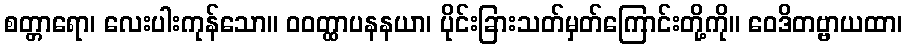
စတ္တာရော၊ လေးပါးကုန်သော။ ဝဝတ္ထာပနနယာ၊ ပိုင်းခြားသတ်မှတ်ကြောင်းတို့ကို။ ဝေဒိတဗ္ဗာယထာ၊